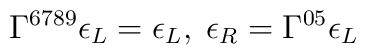
\Gamma^{6789}\epsilon_L = \epsilon_L,\;\epsilon_R= \Gamma^{05} \epsilon_L